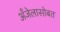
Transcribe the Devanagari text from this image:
अँजेलासोबत